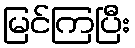
မြင်ကြပြီး